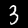
Digit: 3